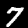
Digit: 7